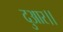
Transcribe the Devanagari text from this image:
दुआर।।